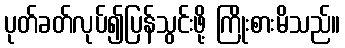
ပုတ်ခတ်လုပ်၍ပြန်သွင်းဖို့ ကြိုးစားမိသည်။